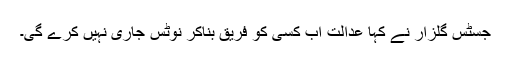
جسٹس گلزار نے کہا عدالت اب کسی کو فریق بناکر نوٹس جاری نہیں کرے گی۔